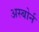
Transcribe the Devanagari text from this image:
अस्बोर्न